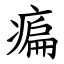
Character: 㾫